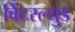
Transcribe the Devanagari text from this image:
विंटरल्युड